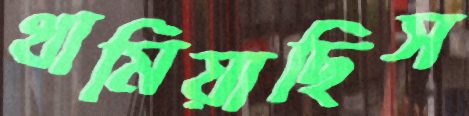
থামিয়াছিস